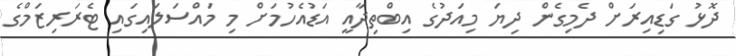
ދޮޅު ގަޑިއިރަށް ދެމިގެން ދިޔަ މިއަދުގެ އިބްތިދާއީ އަޑުއެހުމަށް މި މައްސަލައިގައި ޓެރަރިޒަމްގެ